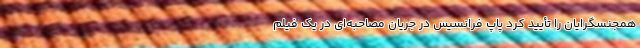
همجنسگرایان را تأیید کرد پاپ فرانسیس در جریان مصاحبه‌ای در یک فیلم